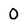
Character: 0